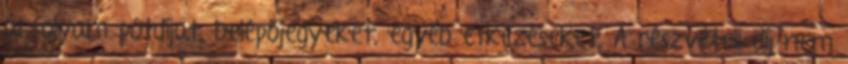
árfolyam pótdíjat, belépőjegyeket, egyéb étkezéseket. A részvételi díj nem